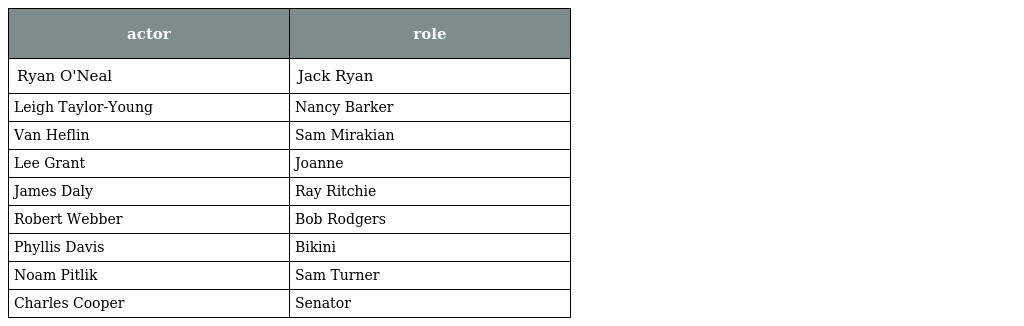
| actor | role |
 | --- | --- |
 | Ryan O'Neal | Jack Ryan |
 | Leigh Taylor-Young | Nancy Barker |
 | Van Heflin | Sam Mirakian |
 | Lee Grant | Joanne |
 | James Daly | Ray Ritchie |
 | Robert Webber | Bob Rodgers |
 | Phyllis Davis | Bikini |
 | Noam Pitlik | Sam Turner |
 | Charles Cooper | Senator |